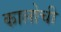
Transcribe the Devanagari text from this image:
कालोची